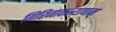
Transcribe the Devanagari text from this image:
गिरिजाकल्याणम्